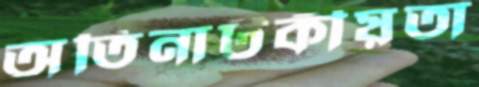
অতিনাটকীয়তা